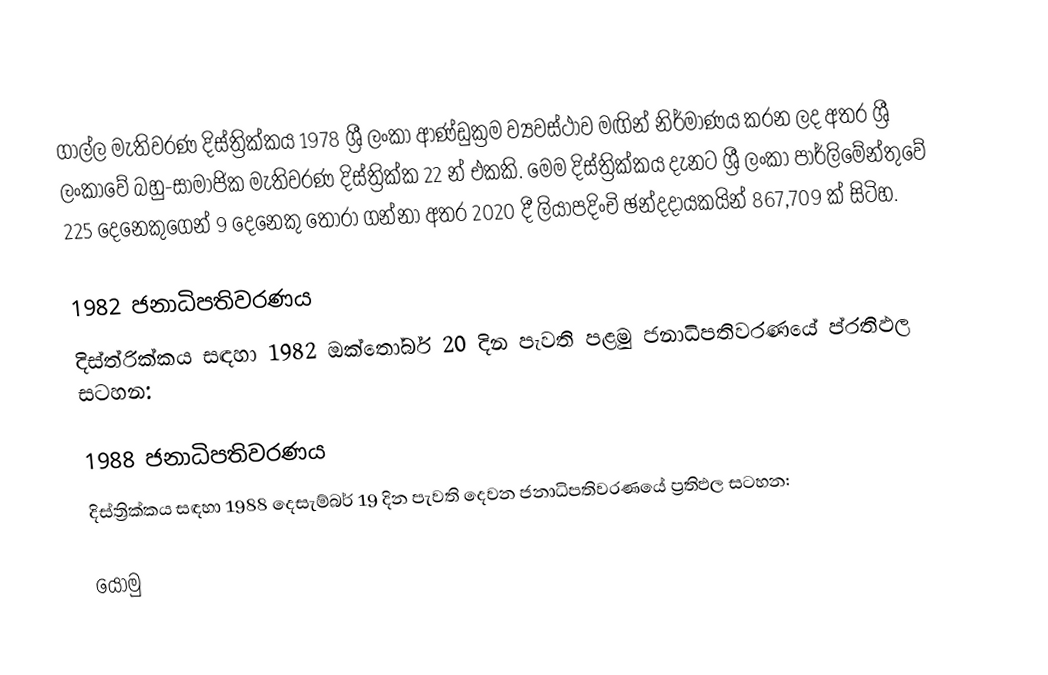
ගාල්ල මැතිවරණ දිස්ත්‍රික්කය 1978 ශ්‍රී ලංකා ආණ්ඩුක්‍රම ව්‍යවස්ථාව මඟින් නිර්මාණය කරන ලද අතර ශ්‍රී ලංකාවේ බහු-සාමාජික මැතිවරණ දිස්ත්‍රික්ක 22 න් එකකි. මෙම දිස්ත්‍රික්කය දැනට ශ්‍රී ලංකා පාර්ලිමේන්තුවේ 225 දෙනෙකුගෙන් 9 දෙනෙකු තෝරා ගන්නා අතර 2020 දී ලියාපදිංචි ඡන්දදායකයින් 867,709 ක් සිටිහ.

1982 ජනාධිපතිවරණය
දිස්ත්රික්කය සඳහා 1982 ඔක්තෝබර් 20 දින පැවති පළමු ජනාධිපතිවරණයේ ප්රතිඵල සටහන:

1988 ජනාධිපතිවරණය
දිස්ත්‍රික්කය සඳහා 1988 දෙසැම්බර් 19 දින පැවති දෙවන ජනාධිපතිවරණයේ ප්‍රතිඵල සටහන:

යොමු